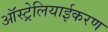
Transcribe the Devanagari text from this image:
ऑस्ट्रेलियाईकरण